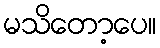
မသိတော့ပေ။